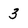
Character: 3